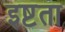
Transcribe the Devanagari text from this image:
इष्टता